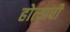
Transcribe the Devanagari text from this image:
होत्याची